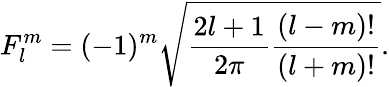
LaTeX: F_{l}^{m}=(-1)^{m}\sqrt{\frac{2l+1}{2\pi}\frac{(l-m)!}{(l+m)!}}.